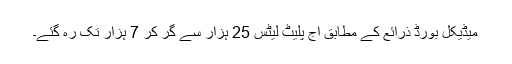
میڈیکل بورڈ ذرائع کے مطابق آج پلیٹ لیٹس 25 ہزار سے گر کر 7 ہزار تک رہ گئے۔